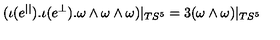
( \iota ( e ^ { | | } ) . \iota ( e ^ { \perp } ) . \omega \wedge \omega \wedge \omega ) | _ { T S ^ { 5 } } = 3 ( \omega \wedge \omega ) | _ { T S ^ { 5 } }